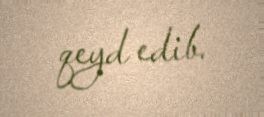
qeyd edib.